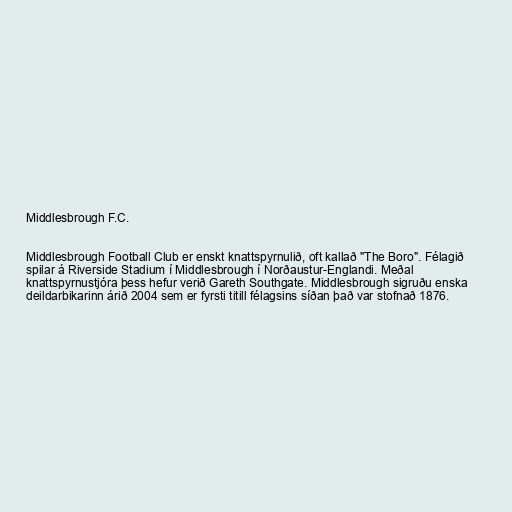
Middlesbrough F.C.

Middlesbrough Football Club er enskt knattspyrnulið, oft kallað "The Boro". Félagið
spilar á Riverside Stadium í Middlesbrough í Norðaustur-Englandi. Meðal
knattspyrnustjóra þess hefur verið Gareth Southgate. Middlesbrough sigruðu enska
deildarbikarinn árið 2004 sem er fyrsti titill félagsins síðan það var stofnað 1876.